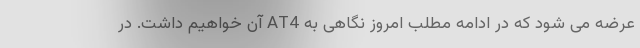
عرضه می شود که در ادامه مطلب امروز نگاهی به AT4 آن خواهیم داشت. در